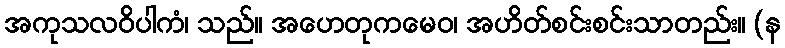
အကုသလဝိပါကံ၊ သည်။ အဟေတုကမေဝ၊ အဟိတ်စင်းစင်းသာတည်း။ (န